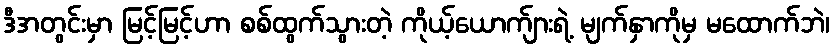
ဒီအတွင်းမှာ မြင့်မြင့်ဟာ စစ်ထွက်သွားတဲ့ ကိုယ့်ယောက်ျားရဲ့ မျက်နှာကိုမှ မထောက်ဘဲ၊